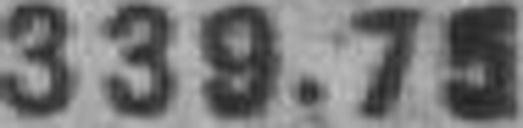
339.75